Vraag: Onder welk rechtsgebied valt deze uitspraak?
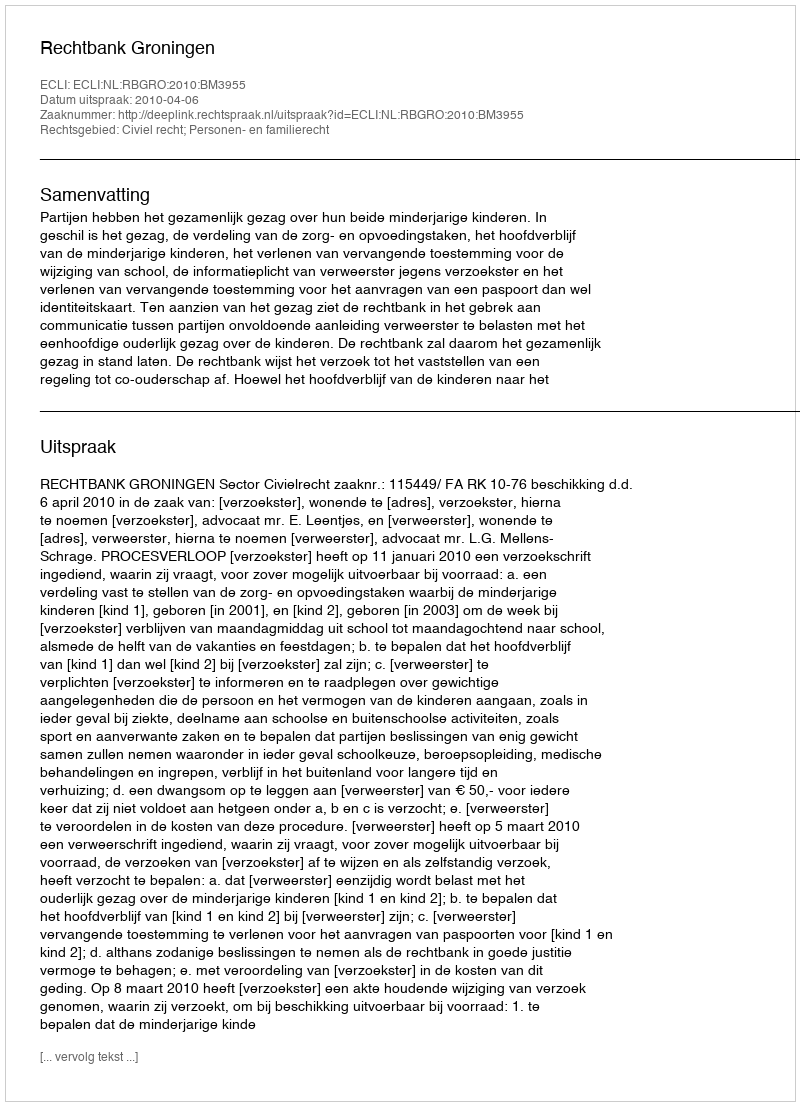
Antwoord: Civiel recht; Personen- en familierecht